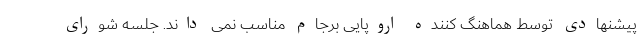
پیشنهادی توسط هماهنگ کننده اروپایی برجام مناسب نمی داند. جلسه شورای